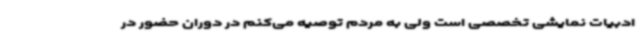
ادبیات نمایشی تخصصی است ولی به مردم توصیه می‌کنم در دوران حضور در